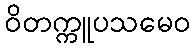
ဝိတက္ကူပသမေဝ